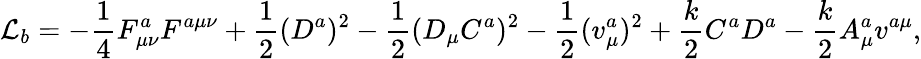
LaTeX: {\cal L}_{b}=-\frac{1}{4}F_{\mu\nu}^{a}F^{a\mu\nu}+\frac{1}{2}(D^{a})^{2}-\frac{1}{2}(D_{\mu}C^{a})^{2}-\frac{1}{2}(v_{\mu}^{a})^{2}+\frac{k}{2}C^{a}D^{a}-\frac{k}{2}A_{\mu}^{a}v^{a\mu},